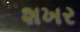
શખર